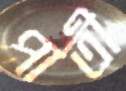
পাতী